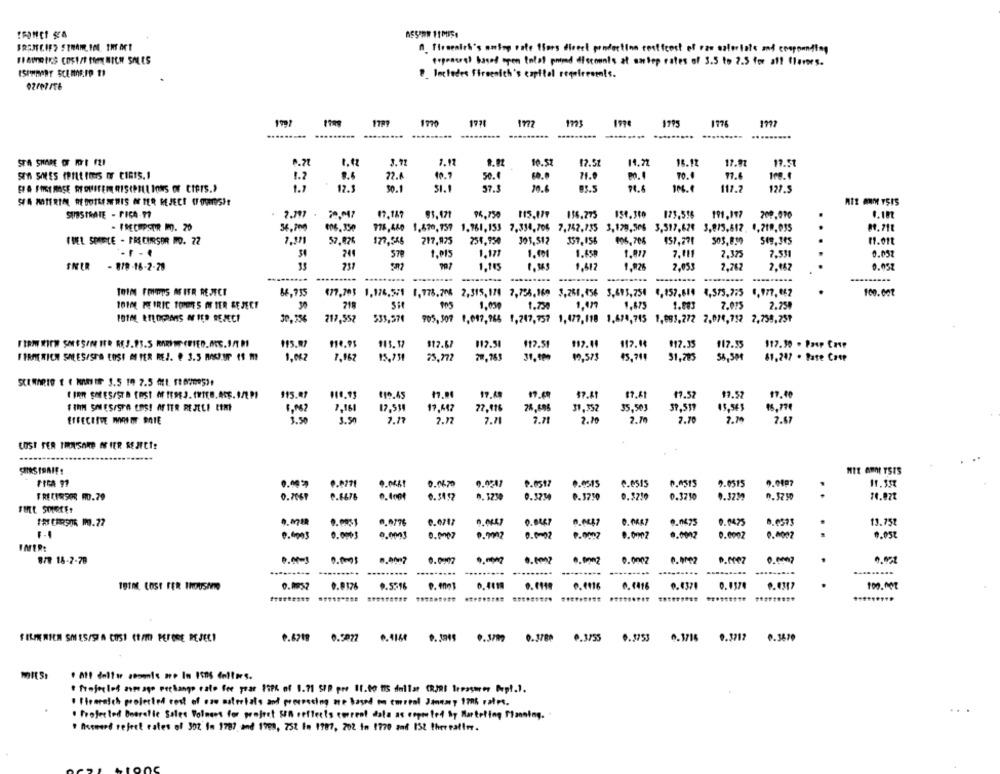
A Freenick's anty safe thors direct production costicost of raw astoolate and compounding
erpeaceel based open total primed discounts at antep rates of 3.5 to 2.5 for af! flavors.
P_ Includes firmenich's capital requiresmis.
1707
1700
1731
Im
1995
.........
STA SHARE OF FFI FF
0.71
1.1
3.71
7.17
10.52
12.51
14.72
18.12
17.97
17.51
1.2
8.6
72.6
10.9
50.4
71.9
TO.0
17.6
1.]
17.5
$0.1
51.
57.3
10.6
93.5
74.6
117.2
127.5
SA MATERIA REDDILESERIS OF TER REJECT (FORMES)!
MIS ANMM YSIS
SUBSTRATE - FICA-P
2.797 .
(7,187
94,750
115,177
156.775
154.300
173.516
191.197
209.090
4.10
54.700
006.350
978,440 1.670,757 1.761,153 7.334,706 7,742,735 3,170,506 3,517,62€ 3,873,812, 4,719,035
0.711
VIEL SPICE - PRECURSOR MO. 72
57.02€
177,546
217,925
254,950 303,512
357,156
406,706
503,839
549. 3e5
11.01t
241
$7
1.015
1.177
1.001
1.450
1.877
7.011
7.375
7.531
0.052
SNER - 879-16-2-20
1.105
1,617
1.926
2,053
2,762
2.162
0.058
TOIM FRITS ACIER REJECT
84,735
€7,705 1,336,5/1 1,778.706 2,315,170 7,755,169 3,250, 456 5,693,754 4,957.800 4,575.775 6,977, 062
100.002
10100 FRE IRIC TOMMES IN IER &E JECT
30
1.050
1.750
1,499
1,675
1.003
7.075
2.75₺
101M ETLOGAS a IED REJECI
30,356
217,557
$33,570
905,309 0,697,965 1,247,757 1,427, 118 1,674,745 1,091,272 2,014,792 7,755,259
$17.67
812.51
$12.51
117.14
#17.35
117.55
117.30 . Paup Case
FIRMENICH SMLESISTO LOSI ME HER REJ. @ 3.5 MONT 11 m
1,062
7.967
15.731
19,573
31,793
25,772
7,763
45, 741
SA, SPR
61,247 . Pate Case
115.07
$10.45
17.69
$7.41
$7.41
$7.57
17.57
17,10
FINN SALES/STA EOS! WIER REJELI EEM!
1,062
7,161
12.534
19.442
27.116
76,696
31.357
35.503
39,537
05, 199
2.M
7.79
7.67
EFFECTIVE WOWOT BAIE
3.50
7.17
2.72
7.71
7.71
2.10
7.70
LOST FER IMINUSAND NIER REJECTS
NIE GRO YSIS
0.0470
0.0247
P.0517
0.0515
C.esIs
0.0515
9.0515
0. 3230
0.3234
0.3750
0.3230
0.37 90
0.7069
P.6678
0.3492
0.3230
9.323
Har CARSOR ⑈.72
0-0475
0.04.75
8.6573
13.758
0.0003
0.007
0.9002
0.0-02
P.0002
0.0002
0.0007
..
0.05
0.0002
0.0002
INFERE
878 16-2-78
0.00102
9.0007
0.0002
0.9002
....-....
.......-.
.........
TOTHE LOST FER INDUSANTO
9.5516
0.4419
0.1116
0. 1416
0.4370
0.1574
100.002
FERIERICH SMES/SIA COSI Et/m) PEROSE DEJECI
6.6719 0.5077
0.4160
0.3799
0.3789
0.3755
0.3753
0.3716 0.3717
0.3670
* frajerled average pechange calo fee yrar 13PK of 1.71 SPD pre I1.00 US dollar (RJRI treasurer Pop !. ).
I Ileeraich projected rest of cze materials and processing me based on twreal Janemy 1786 rates.
. Projected Boeralle Sales Volmens for project SER reffects correot data as coposted by Marteling Planning.
" forward reject rates of 302 Im 1787 and 1798, 252 In 1997, 202 in 1770 and 152 thereafter.